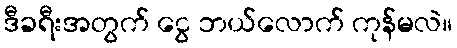
ဒီခရီးအတွက် ငွေ ဘယ်လောက် ကုန်မလဲ။